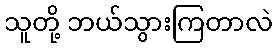
သူတို့ ဘယ်သွားကြတာလဲ